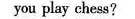
you play chess?